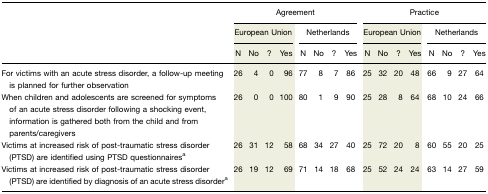
|  | <COLSPAN=8> Agreement | <COLSPAN=8> Practice |
 |  | <COLSPAN=4> European Union | <COLSPAN=4> Netherlands | <COLSPAN=4> European Union | <COLSPAN=4> Netherlands |
 |  | N | No | ? | Yes | N | No | ? | Yes | N | No | ? | Yes | N | No | ? | Yes |
 | --- | --- | --- | --- | --- | --- | --- | --- | --- | --- | --- | --- | --- | --- | --- | --- | --- |
 | For victims with an acute stress disorder, a follow-up meeting is planned for further observation | 26 | 4 | 0 | 96 | 77 | 8 | 7 | 86 | 25 | 32 | 20 | 48 | 66 | 9 | 27 | 64 |
 | When children and adolescents are screened for symptoms of an acute stress disorder following a shocking event, information is gathered both from the child and from parents/caregivers | 26 | 0 | 0 | 100 | 80 | 1 | 9 | 90 | 25 | 28 | 8 | 64 | 68 | 10 | 24 | 66 |
 | Victims at increased risk of post-traumatic stress disorder (PTSD) are identified using PTSD questionnairesa | 26 | 31 | 12 | 58 | 68 | 34 | 27 | 40 | 25 | 72 | 20 | 8 | 60 | 55 | 20 | 25 |
 | Victims at increased risk of post-traumatic stress disorder (PTSD) are identified by diagnosis of an acute stress disordera | 26 | 19 | 12 | 69 | 71 | 14 | 18 | 68 | 25 | 52 | 24 | 24 | 63 | 14 | 27 | 59 |